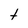
Character: t